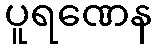
ပူရဏေန